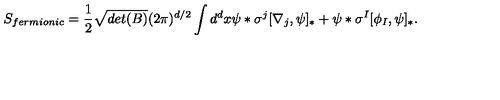
S _ { f e r m i o n i c } = \frac { 1 } { 2 } \sqrt { d e t ( B ) } ( 2 \pi ) ^ { d / 2 } \int d ^ { d } x \psi \ast \sigma ^ { j } [ \nabla _ { j } , \psi ] _ { \ast } + \psi \ast \sigma ^ { I } [ \phi _ { I } , \psi ] _ { \ast } .